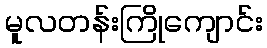
မူလတန်းကြိုကျောင်း